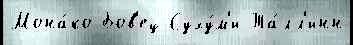
Мона́ко Бов'ец Суху́м'и Та́лл'инн